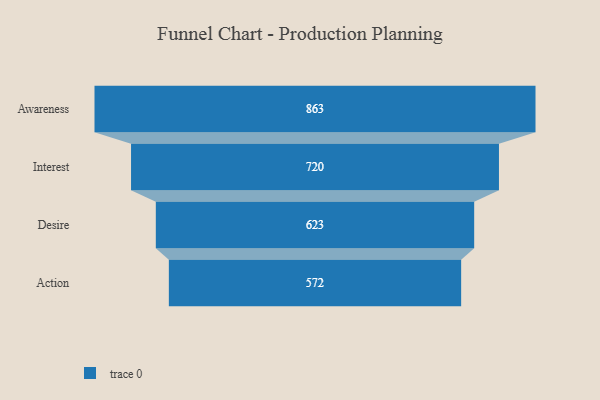
{"axis": {"x": "Stage", "y": "Value"}, "legend": [""], "data": [{"x": "Awareness", "y": 863.0, "type": ""}, {"x": "Interest", "y": 720.0, "type": ""}, {"x": "Desire", "y": 623.0, "type": ""}, {"x": "Action", "y": 572.0, "type": ""}]}